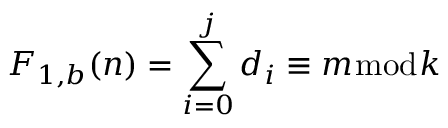
F _ { 1 , b } ( n ) = \sum _ { i = 0 } ^ { j } d _ { i } \equiv m { \bmod { k } }